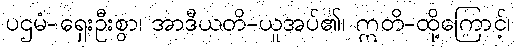
ပဌမံ-ရှေးဦးစွာ၊ အာဒီယတိ-ယူအပ်၏၊ ဣတိ-ထို့ကြောင့်၊